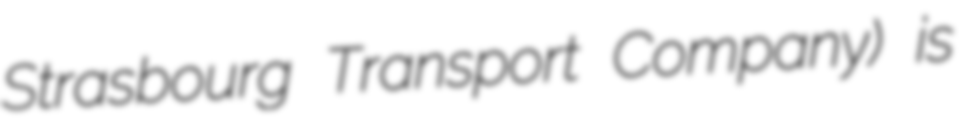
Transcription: Strasbourg Transport Company) is